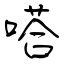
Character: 嗒